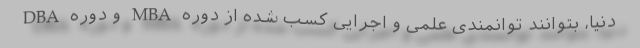
دنیا، بتوانند توانمندی علمی و اجرایی کسب شده از دوره‌ MBA و دوره DBA